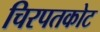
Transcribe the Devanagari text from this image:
चिरपतकोट